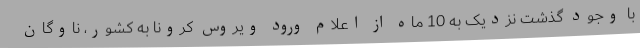
با وجود گذشت نزدیک به 10 ماه از اعلام ورود ویروس کرونا به کشور، ناوگان